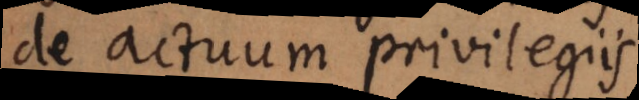
De actuum privilegiis.